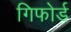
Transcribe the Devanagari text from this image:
गिफोर्ड